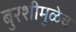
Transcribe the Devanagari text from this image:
बुरशीमुळेच